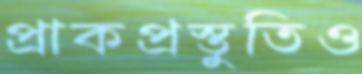
প্রাকপ্রস্তুতিও